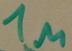
Text: 1µ